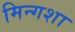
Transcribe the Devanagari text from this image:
मिन्गशा